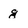
Character: g